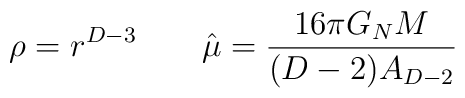
\rho=r^{D-3}\qquad\hat \mu ={16\pi G_NM \over{ (D-2)A_{D-2}}}